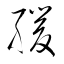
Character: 緩